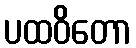
ပထဝိတော